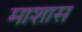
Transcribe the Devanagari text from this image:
माशास